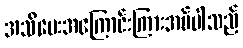
အသိပေးအကြောင်းကြားအပ်ပါသည်